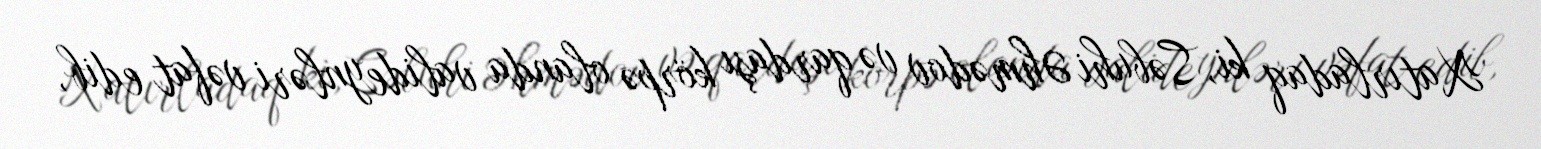
Xatırladaq ki, Səbuhi Əhmədov və qardaşı körpə olanda valideynləri vəfat edib,